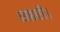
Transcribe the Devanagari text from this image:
शहरी।